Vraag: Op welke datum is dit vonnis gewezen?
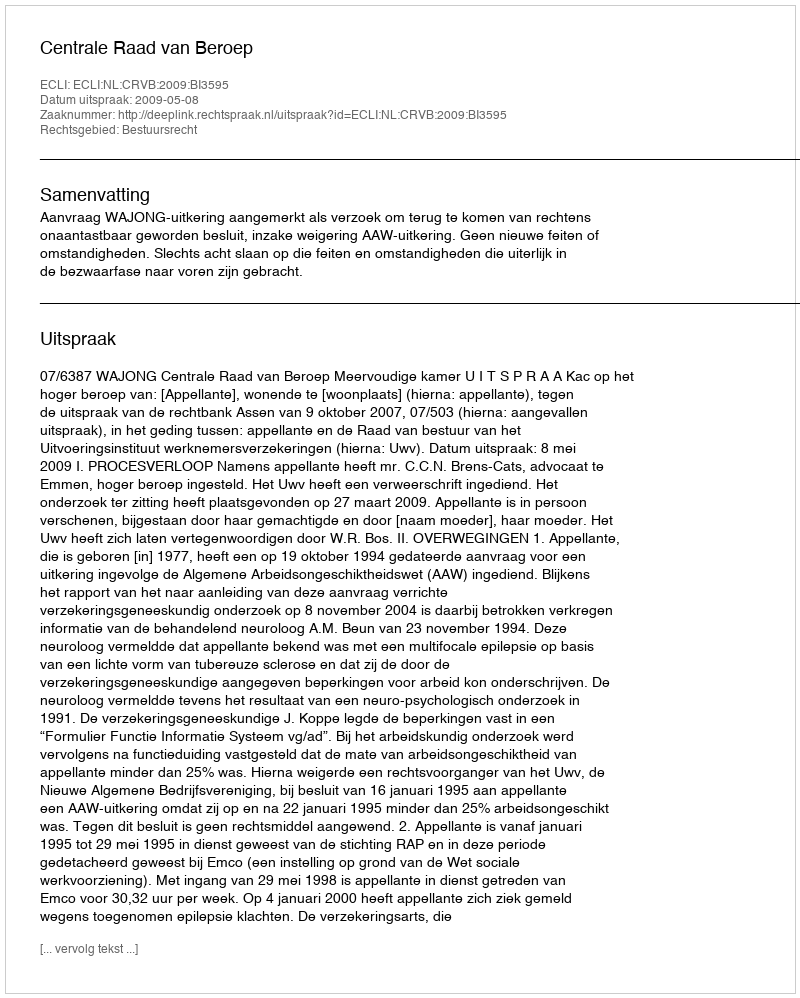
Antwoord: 2009-05-08